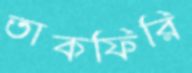
তাকফিরি